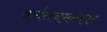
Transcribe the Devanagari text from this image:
वर्णनचमत्कार